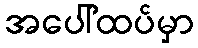
အပေါ်ထပ်မှာ